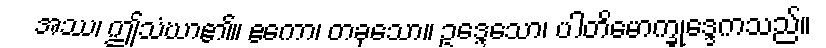
အဿ၊ ဤသံဃာ၏။ ဧကော၊ တခုသော။ ဥဒ္ဒေသော၊ ပါတိမောက္ခုဒ္ဒေကသည်။